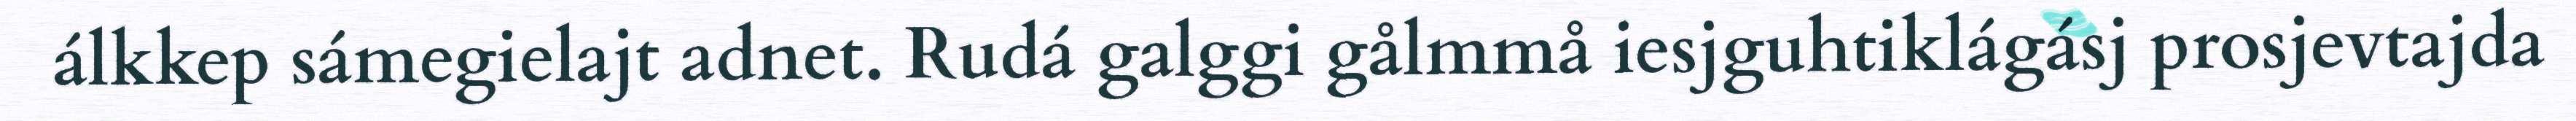
álkkep sámegielajt adnet. Rudá galggi gålmmå iesjguhtiklágásj prosjevtajda